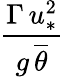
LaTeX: \frac{\Gamma\, u_{*}^{2}}{g\, \overline{{\theta}}}